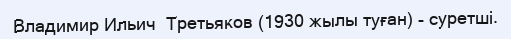
Владимир Ильич  Третьяков (1930 жылы туған) - суретші.